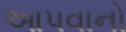
આપવાનો